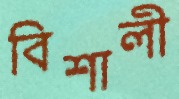
বিশালী